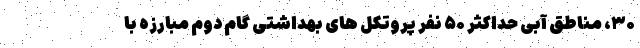
۳۰، مناطق آبی حداکثر ۵۰ نفر پروتکل های بهداشتی گام دوم مبارزه با